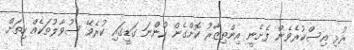
ރުޅި އިސްކުރެވެން ފެށެނީ އިންތިޒާރު ކޮށްގެން ހުންނަ ގަޑީގައި ކުރެވޭ ސުވާލުތަކެއް ހިތަށް